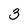
Character: 3